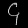
Digit: ၄